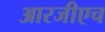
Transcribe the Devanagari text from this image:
आरजीएच